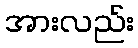
အားလည်း